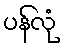
ပန်လုံ